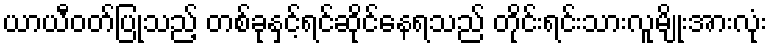
ယာယီဝတ်ပြုသည့် တစ်ခုနှင့်ရင်ဆိုင်နေရသည် တိုင်းရင်းသားလူမျိုးအားလုံး